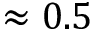
\approx 0 . 5